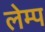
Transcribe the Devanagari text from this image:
लेम्प